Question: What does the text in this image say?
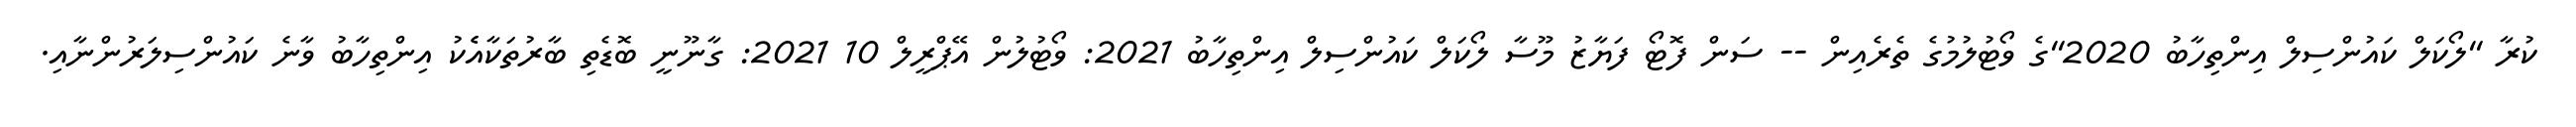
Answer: ކުރާ "ލޯކަލް ކައުންސިލް އިންތިހާބު 2020"ގެ ވޯޓުލުމުގެ ތެރެއިން -- ސަން ފޮޓޯ ފަޔާޒު މޫސާ ލޯކަލް ކައުންސިލް އިންތިހާބު 2021: ވޯޓުލުން އޭޕްރީލް 10 2021: ގާނޫނީ ބޮޑެތި ބާރުތަކާއެެކު އިންތިހާބު ވާނެ ކައުންސިލަރުންނާއި.